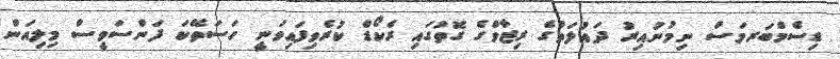
ޑިސެމްބަރމަސް ނިމުނުއިރު ދައުލަތުގެ ރިޒާވްގެ ގޮތުގައި ރެކޯޑް ކުރެވިފައިވަނީ ހަސަތޭކަ ފަންސަވީސް މިލިއަން